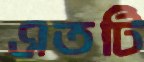
এতটি